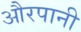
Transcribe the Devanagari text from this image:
औरपानी